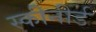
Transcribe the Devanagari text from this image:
स्कीनीर्ड